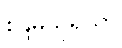
စန္ဒိမသုရိယာ